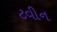
ટવીન